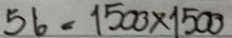
56 = 1500 x 1500